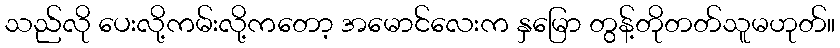
သည်လို ပေးလို့ကမ်းလို့ကတော့ အမောင်လေးက နှမြော တွန့်တိုတတ်သူမဟုတ်။